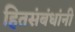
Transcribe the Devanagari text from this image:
हितसंबंधांनी